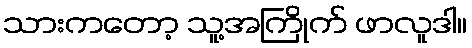
သားကတော့ သူ့အကြိုက် ဖာလူဒါ။